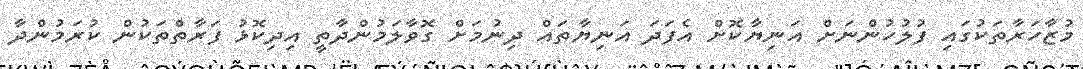
މުޒާހަރާތަކުގައި ފުލުހުންނަށް އަނިޔާކޮށް އެފަދަ އަނިޔާތައް ދިނުމަށް ގޮވާލަމުންދާތީ އިދިކޮޅު ފަރާތްތަކުން ކުރަމުންދާ